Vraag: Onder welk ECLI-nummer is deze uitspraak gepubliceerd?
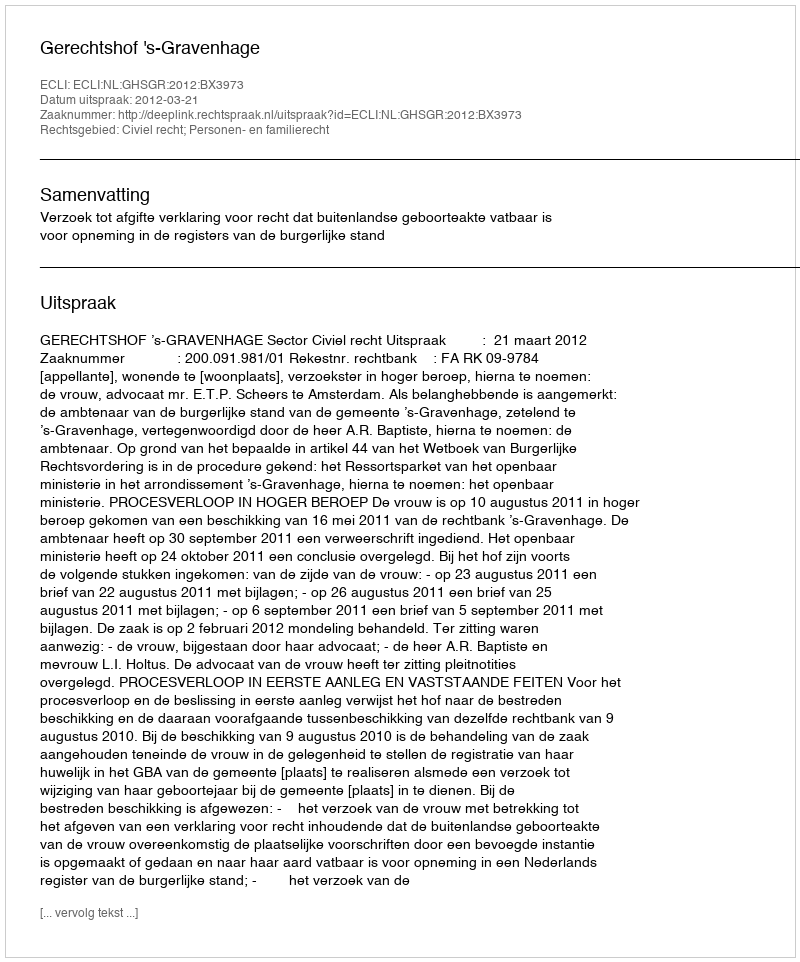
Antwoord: ECLI:NL:GHSGR:2012:BX3973